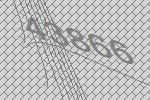
43866